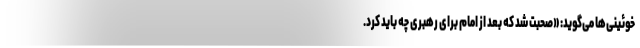
خوئینی‌ها می‌گوید: «صحبت شد که بعد از امام برای رهبری چه باید کرد.